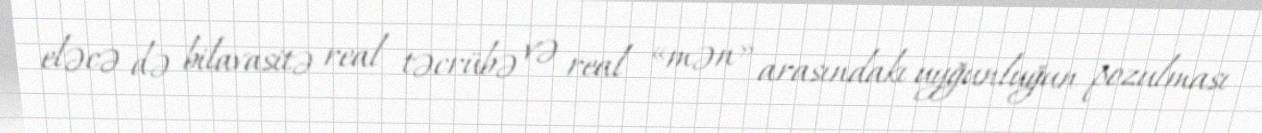
eləcə də bilavasitə real təcrübə və real «mən» arasındakı uyğunluğun pozulması